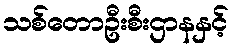
သစ်တောဦးစီးဌာနနှင့်